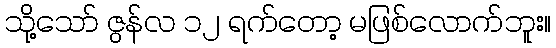
သို့သော် ဇွန်လ ၁၂ ရက်တော့ မဖြစ်လောက်ဘူး။